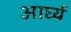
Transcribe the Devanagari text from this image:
आर्घ्य